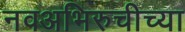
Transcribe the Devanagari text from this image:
नवअभिरुचीच्या